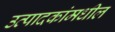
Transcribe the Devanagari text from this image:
उत्पादकांमधील